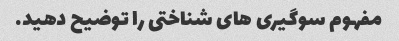
مفهوم سوگیری های شناختی را توضیح دهید.